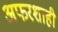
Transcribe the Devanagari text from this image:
अफरशाही